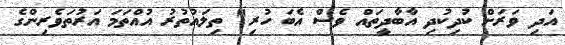
އަދި ވަރަށް ކުދިކުދި އާބާދީތައް ވެސް އެބަ ހުރި" ތިލައުތުރު އުއްތަމަ އަރުތަވެރިންގެ